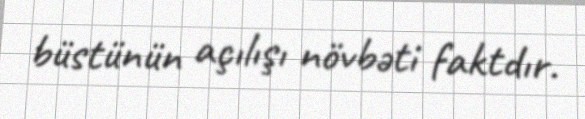
büstünün açılışı növbəti faktdır.